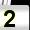
Digit: 2